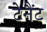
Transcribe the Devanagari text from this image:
टेनैंट